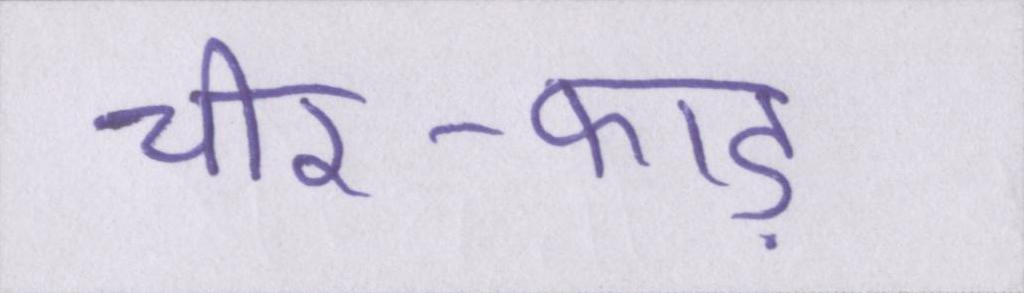
चीर-फाड़